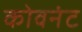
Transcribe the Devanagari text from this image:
कोवनंट